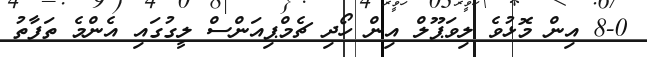
8-0 އިން މޮޅުވެ ލިވަޕޫލް އިން ހޯދި ޗެމްޕިއަންސް ލީގުގައި އެންމެ ތަފާތު